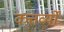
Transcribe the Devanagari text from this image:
कत्तर्व्यों